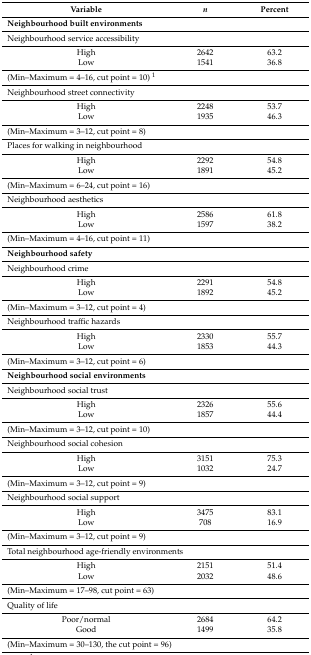
<table><thead><tr><td><b>Variable</b></td><td><b><i>n</i></b></td><td><b>Percent</b></td></tr></thead><tbody><tr><td colspan="3"><b>Neighbourhood built environments</b></td></tr><tr><td colspan="3">Neighbourhood service accessibility</td></tr><tr><td>High</td><td>2642</td><td>63.2</td></tr><tr><td>Low</td><td>1541</td><td>36.8</td></tr><tr><td colspan="3">(Min–Maximum = 4–16, cut point = 10) <sup>1</sup></td></tr><tr><td colspan="3">Neighbourhood street connectivity</td></tr><tr><td>High</td><td>2248</td><td>53.7</td></tr><tr><td>Low</td><td>1935</td><td>46.3</td></tr><tr><td colspan="3">(Min–Maximum = 3–12, cut point = 8)</td></tr><tr><td colspan="3">Places for walking in neighbourhood</td></tr><tr><td>High</td><td>2292</td><td>54.8</td></tr><tr><td>Low</td><td>1891</td><td>45.2</td></tr><tr><td colspan="3">(Min–Maximum = 6–24, cut point = 16)</td></tr><tr><td colspan="3">Neighbourhood aesthetics</td></tr><tr><td>High</td><td>2586</td><td>61.8</td></tr><tr><td>Low</td><td>1597</td><td>38.2</td></tr><tr><td colspan="3">(Min–Maximum = 4–16, cut point = 11)</td></tr><tr><td colspan="3"><b>Neighbourhood safety</b></td></tr><tr><td colspan="3">Neighbourhood crime</td></tr><tr><td>High</td><td>2291</td><td>54.8</td></tr><tr><td>Low</td><td>1892</td><td>45.2</td></tr><tr><td colspan="3">(Min–Maximum = 3–12, cut point = 4)</td></tr><tr><td colspan="3">Neighbourhood traffic hazards</td></tr><tr><td>High</td><td>2330</td><td>55.7</td></tr><tr><td>Low</td><td>1853</td><td>44.3</td></tr><tr><td colspan="3">(Min–Maximum = 3–12, cut point = 6)</td></tr><tr><td colspan="3"><b>Neighbourhood social environments</b></td></tr><tr><td colspan="3">Neighbourhood social trust</td></tr><tr><td>High</td><td>2326</td><td>55.6</td></tr><tr><td>Low</td><td>1857</td><td>44.4</td></tr><tr><td colspan="3">(Min–Maximum = 3–12, cut point = 10)</td></tr><tr><td colspan="3">Neighbourhood social cohesion</td></tr><tr><td>High</td><td>3151</td><td>75.3</td></tr><tr><td>Low</td><td>1032</td><td>24.7</td></tr><tr><td colspan="3">(Min–Maximum = 3–12, cut point = 9)</td></tr><tr><td colspan="3">Neighbourhood social support</td></tr><tr><td>High</td><td>3475</td><td>83.1</td></tr><tr><td>Low</td><td>708</td><td>16.9</td></tr><tr><td colspan="3">(Min–Maximum = 3–12, cut point = 9)</td></tr><tr><td colspan="3">Total neighbourhood age-friendly environments</td></tr><tr><td>High</td><td>2151</td><td>51.4</td></tr><tr><td>Low</td><td>2032</td><td>48.6</td></tr><tr><td colspan="3">(Min–Maximum = 17–98, cut point = 63)</td></tr><tr><td colspan="3">Quality of life</td></tr><tr><td>Poor/normal</td><td>2684</td><td>64.2</td></tr><tr><td>Good</td><td>1499</td><td>35.8</td></tr><tr><td colspan="3">(Min–Maximum = 30–130, the cut point = 96)</td></tr></tbody></table>